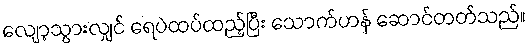
လျော့သွားလျှင် ရေပဲထပ်ထည့်ပြီး သောက်ဟန် ဆောင်တတ်သည်။